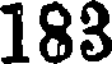
183